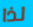
لذا